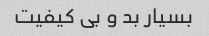
بسیار بد و بی کیفیت